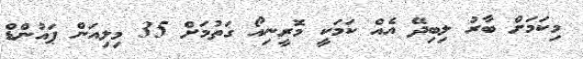
މިކަމަށް ބާރު ލިބިދޭ އެއް ކަމަކީ މޮރީނިއޯ ގަތުމަށް 35 މިލިއަން ޕައުންޑް